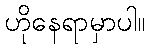
ဟိုနေရာမှာပါ။